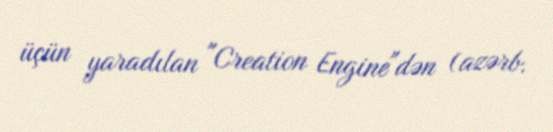
üçün yaradılan "Creation Engine"dən (azərb.